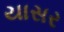
યાસર